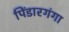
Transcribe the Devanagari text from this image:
पिंडारगंगा